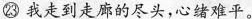
㉓ 我走到走廊的尽头，心绪难平。